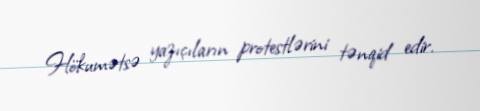
Hökumətsə yazıçıların protestlərini tənqid edir.